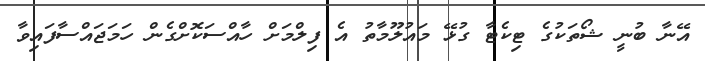
އޭނާ ބުނީ ޝޯތަކުގެ ޓިކެޓާ ގުޅޭ މައުލޫމާތު އެ ފިލްމަށް ހާއްސަކޮށްގެން ހަމަޖައްސާފައިވާ